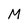
Character: M